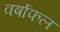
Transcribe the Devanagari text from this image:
वर्षाफल